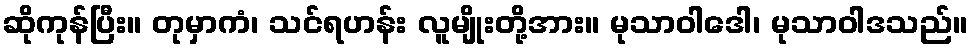
ဆိုကုန်ပြီး။ တုမှာကံ၊ သင်ရဟန်း လူမျိုးတို့အား။ မုသာဝါဒေါ၊ မုသာဝါဒသည်။